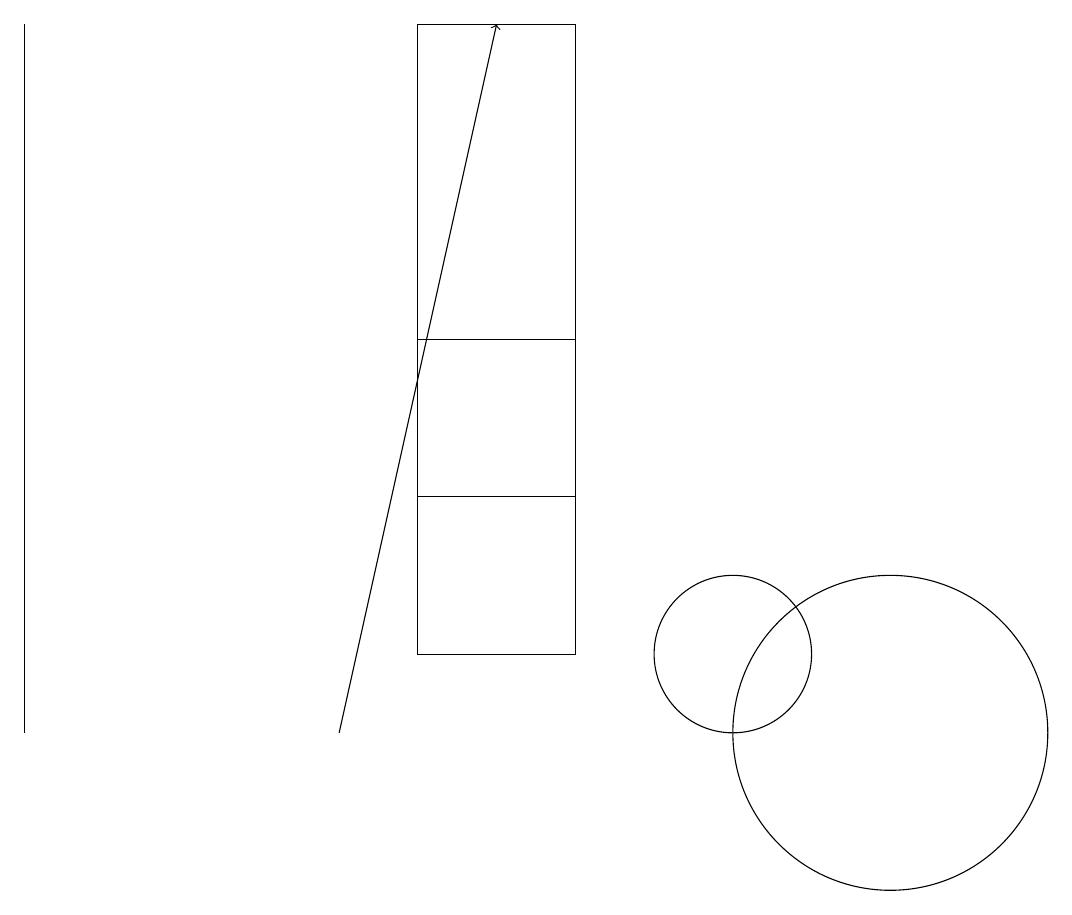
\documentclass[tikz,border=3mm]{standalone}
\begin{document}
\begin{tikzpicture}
\draw (10,11) circle (1);
\draw (8,19) rectangle (6,13);
\draw (1,19) rectangle (1,10);
\draw (12,10) circle (2);
\draw[->] (5,10) -- (7,19);
\draw (6,15) rectangle (8,11);
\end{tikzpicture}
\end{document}